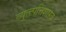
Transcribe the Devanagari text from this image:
व्युत्त्पत्तिशास्त्र